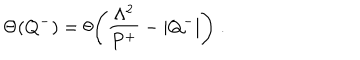
\Theta ( Q ^ { - } ) = \theta \Biggl ( { \frac { \Lambda ^ { 2 } } { P ^ { + } } } - | Q ^ { - } | \Biggr ) \; .